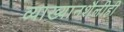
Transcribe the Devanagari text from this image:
व्याख्यानशैलीही